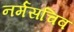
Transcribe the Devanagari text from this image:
नर्मसचिव